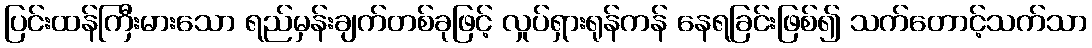
ပြင်းထန်ကြီးမားသော ရည်မှန်းချက်တစ်ခုဖြင့် လှုပ်ရှားရုန်ကန် နေရခြင်းဖြစ်၍ သက်တောင့်သက်သာ